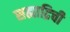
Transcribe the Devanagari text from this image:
सह्याद्रिची